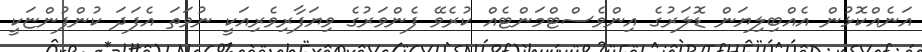
އަނެއްކޮޅުން އެއްބިލިޔަން ޑޮލަރުގެ އިންވެސްޓްމަންޓެއް ކުރެވޭ ފެންވަރުގެ ވިޔަފާރިވެރިއަކީ ނުވަތަ އެފަދަ ކުންފުންޏަކީ